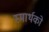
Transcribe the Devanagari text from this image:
स्मार्थको